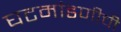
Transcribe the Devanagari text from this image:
घटमांडणीची